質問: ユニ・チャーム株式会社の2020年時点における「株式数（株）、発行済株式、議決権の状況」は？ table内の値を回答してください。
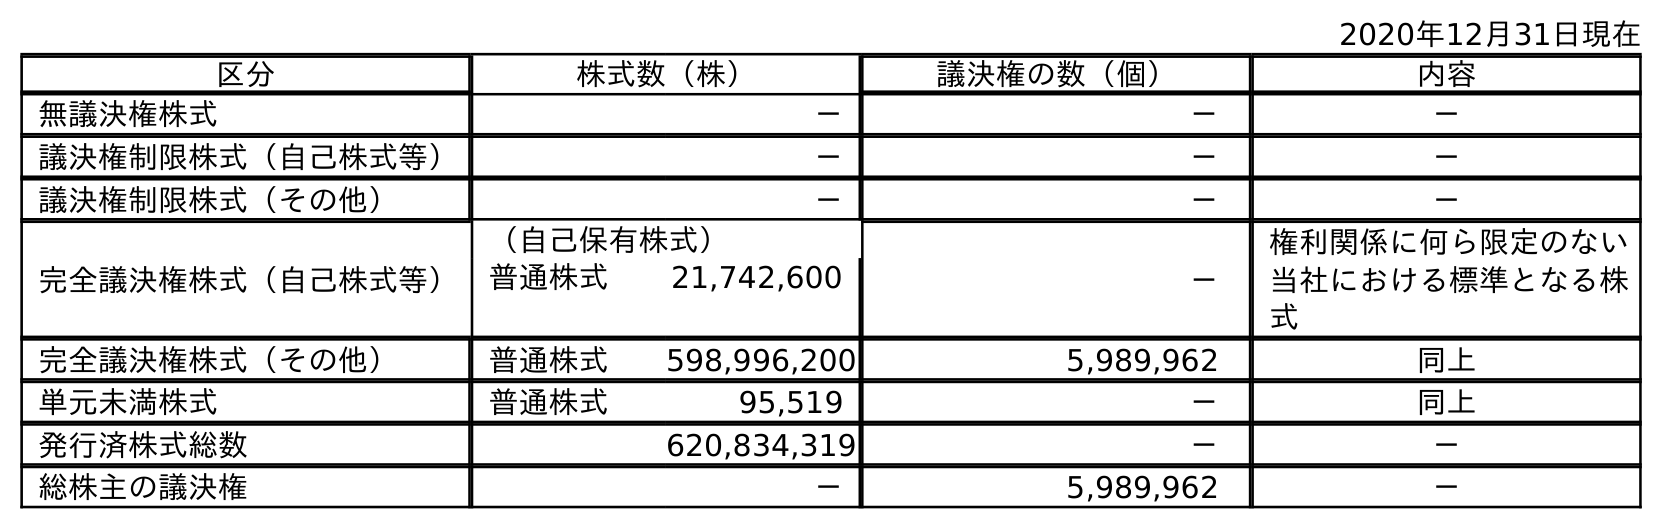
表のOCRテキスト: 2020年12月31日現在 区分 株式数（株） 議決権の数（個） 内容 無議決権株式 － － － 議決権制限株式（自己株式等） － － － 議決権制限株式（その他） － － － 完全議決権株式（自己株式等） （自己保有株式） － 権利関係に何ら限定のない 当社における標準となる株 式 普通株式 21,742,600 完全議決権株式（その他） 普通株式 598,996,200 5,989,962 同上 単元未満株式 普通株式 95,519 － 同上 発行済株式総数 620,834,319 － － 総株主の議決権 － 5,989,962 －
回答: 620,834,319